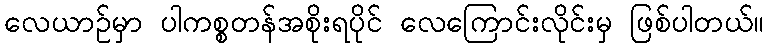
လေယာဉ်မှာ ပါကစ္စတန်အစိုးရပိုင် လေကြောင်းလိုင်းမှ ဖြစ်ပါတယ်။